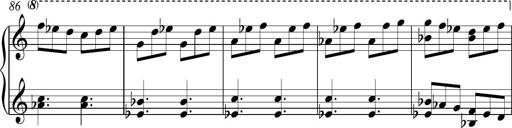
Title: Piano Sonatina in C
Composer: Daniel LÃ©o Simpson
Key: C major